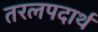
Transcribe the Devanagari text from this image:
तरलपदार्थ